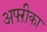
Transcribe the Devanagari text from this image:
अफ्ऱीका